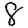
Digit: 8